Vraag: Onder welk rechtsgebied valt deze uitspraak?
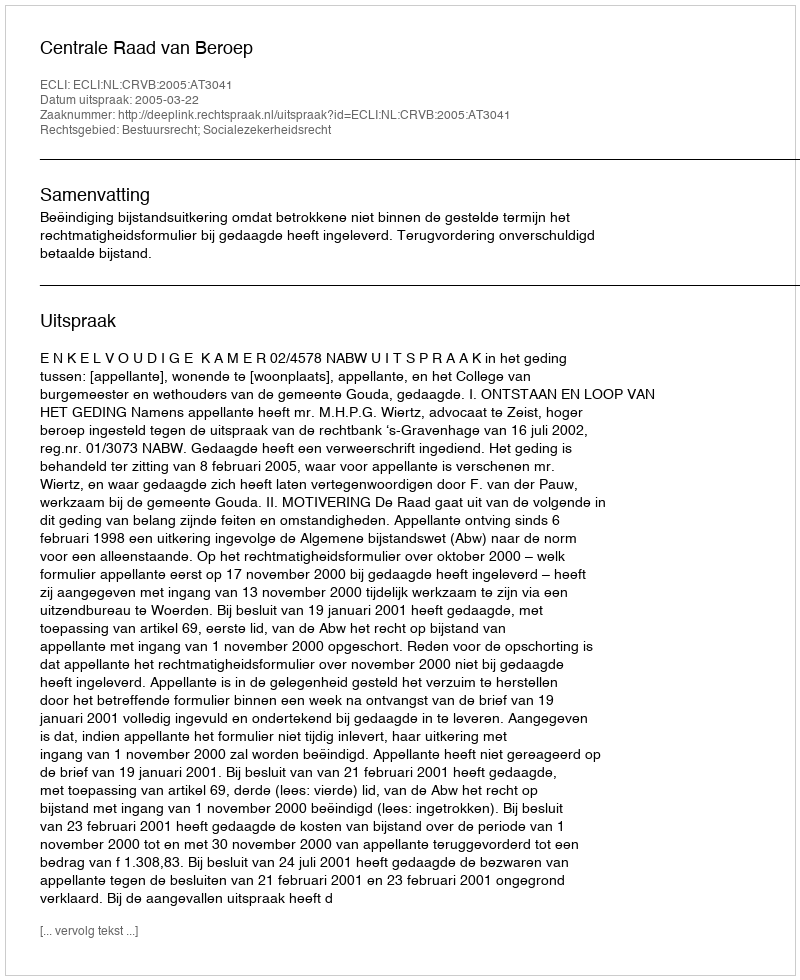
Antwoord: Bestuursrecht; Socialezekerheidsrecht